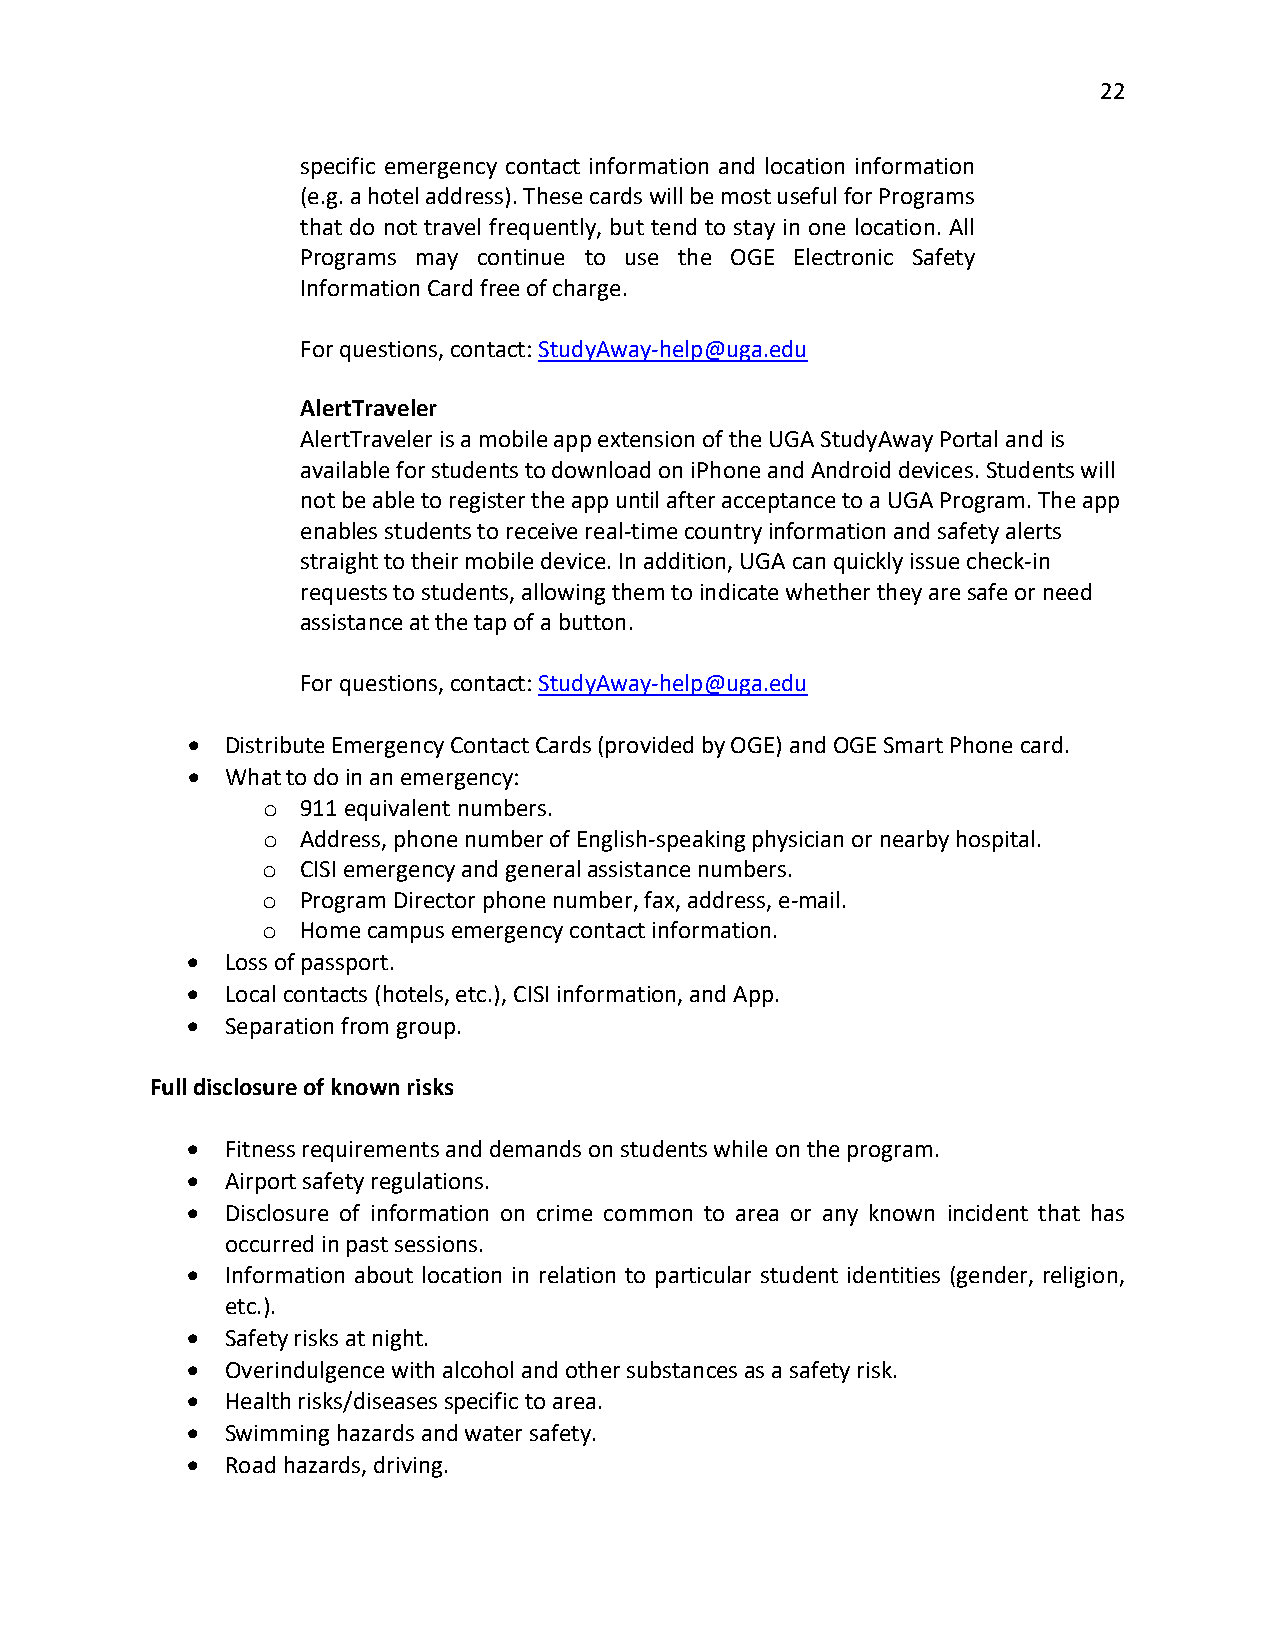
22
 specific emergency contact information and location information
 (e.g. a hotel address). These cards will be most useful for Programs
 that do not travel frequently, but tend to stay in one location. All
 Programs may continue to use the OGE Electronic Safety
 Information Card free of charge.
 For questions, contact: StudyAway-help@uga.edu
 AlertTraveler
 AlertTraveler is a mobile app extension of the UGA StudyAway Portal and is
 available for students to download on iPhone and Android devices. Students will
 not be able to register the app until after acceptance to a UGA Program. The app
 enables students to receive real-time country information and safety alerts
 straight to their mobile device. In addition, UGA can quickly issue check-in
 requests to students, allowing them to indicate whether they are safe or need
 assistance at the tap of a button.
 For questions, contact: StudyAway-help@uga.edu
 •  Distribute Emergency Contact Cards (provided by OGE) and OGE Smart Phone card.
 •  What to do in an emergency:
 911 equivalent numbers.
 o
 Address, phone number of English-speaking physician or nearby hospital.
 o
 CISI emergency and general assistance numbers.
 o
 Program Director phone number, fax, address, e-mail.
 o
 Home campus emergency contact information.
 o
 •  Loss of passport.
 •  Local contacts (hotels, etc.), CISI information, and App.
 •  Separation from group.
 Full disclosure of known risks
 •  Fitness requirements and demands on students while on the program.
 •  Airport safety regulations.
 •  Disclosure of information on crime common to area or any known incident that has
 occurred in past sessions.
 •  Information about location in relation to particular student identities (gender, religion,
 etc.).
 •  Safety risks at night.
 •  Overindulgence with alcohol and other substances as a safety risk.
 •  Health risks/diseases specific to area.
 •  Swimming hazards and water safety.
 •  Road hazards, driving.